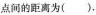
点间的距离为( ).